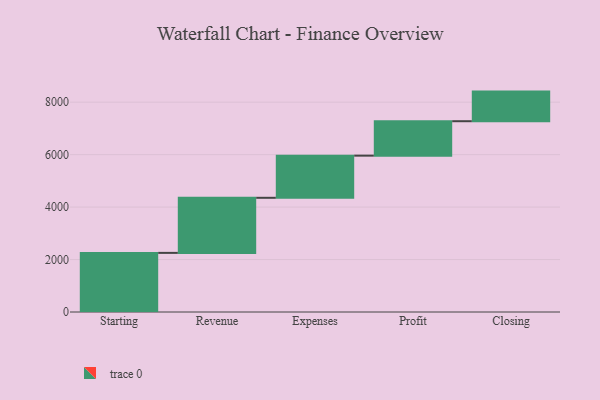
{"axis": {"x": "Step", "y": "Value"}, "legend": [""], "data": [{"x": "Starting", "y": 2254.0, "type": ""}, {"x": "Revenue", "y": 2100.0, "type": ""}, {"x": "Expenses", "y": 1607.0, "type": ""}, {"x": "Profit", "y": 1313.0, "type": ""}, {"x": "Closing", "y": 1129.0, "type": ""}]}